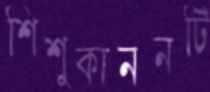
শিশুকাননটি